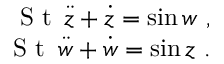
\begin{array} { r } { \textrm { S t } \, \ddot { z } + \dot { z } = \sin w ~ , } \\ { \textrm { S t } \, \ddot { w } + \dot { w } = \sin z ~ . } \end{array}